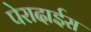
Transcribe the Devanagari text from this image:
पेरादाईस